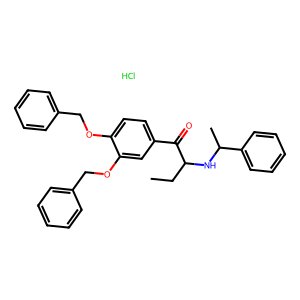
SMILES: CCC(NC(C)c1ccccc1)C(=O)c1ccc(OCc2ccccc2)c(OCc2ccccc2)c1.Cl
Inhibits HIV replication: No